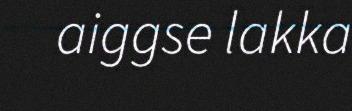
aiggse lakka